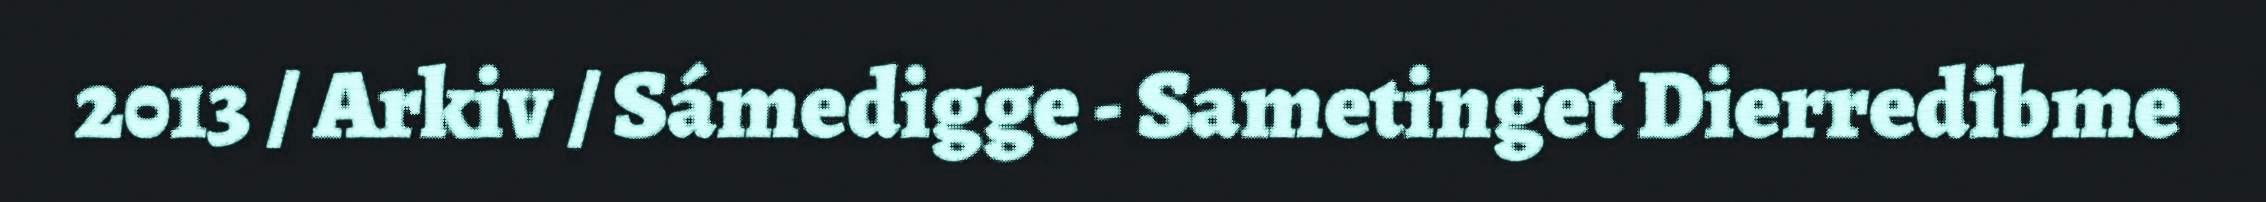
2013 / Arkiv / Sámedigge - Sametinget Dierredibme